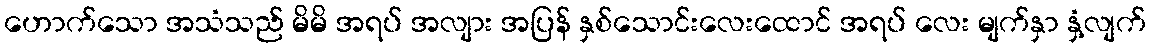
ဟောက်သော အသံသည် မိမိ အရပ် အလျား အပြန် နှစ်သောင်းလေးထောင် အရပ် လေး မျက်နှာ နှံ့လျက်